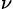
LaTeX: _{\nu}